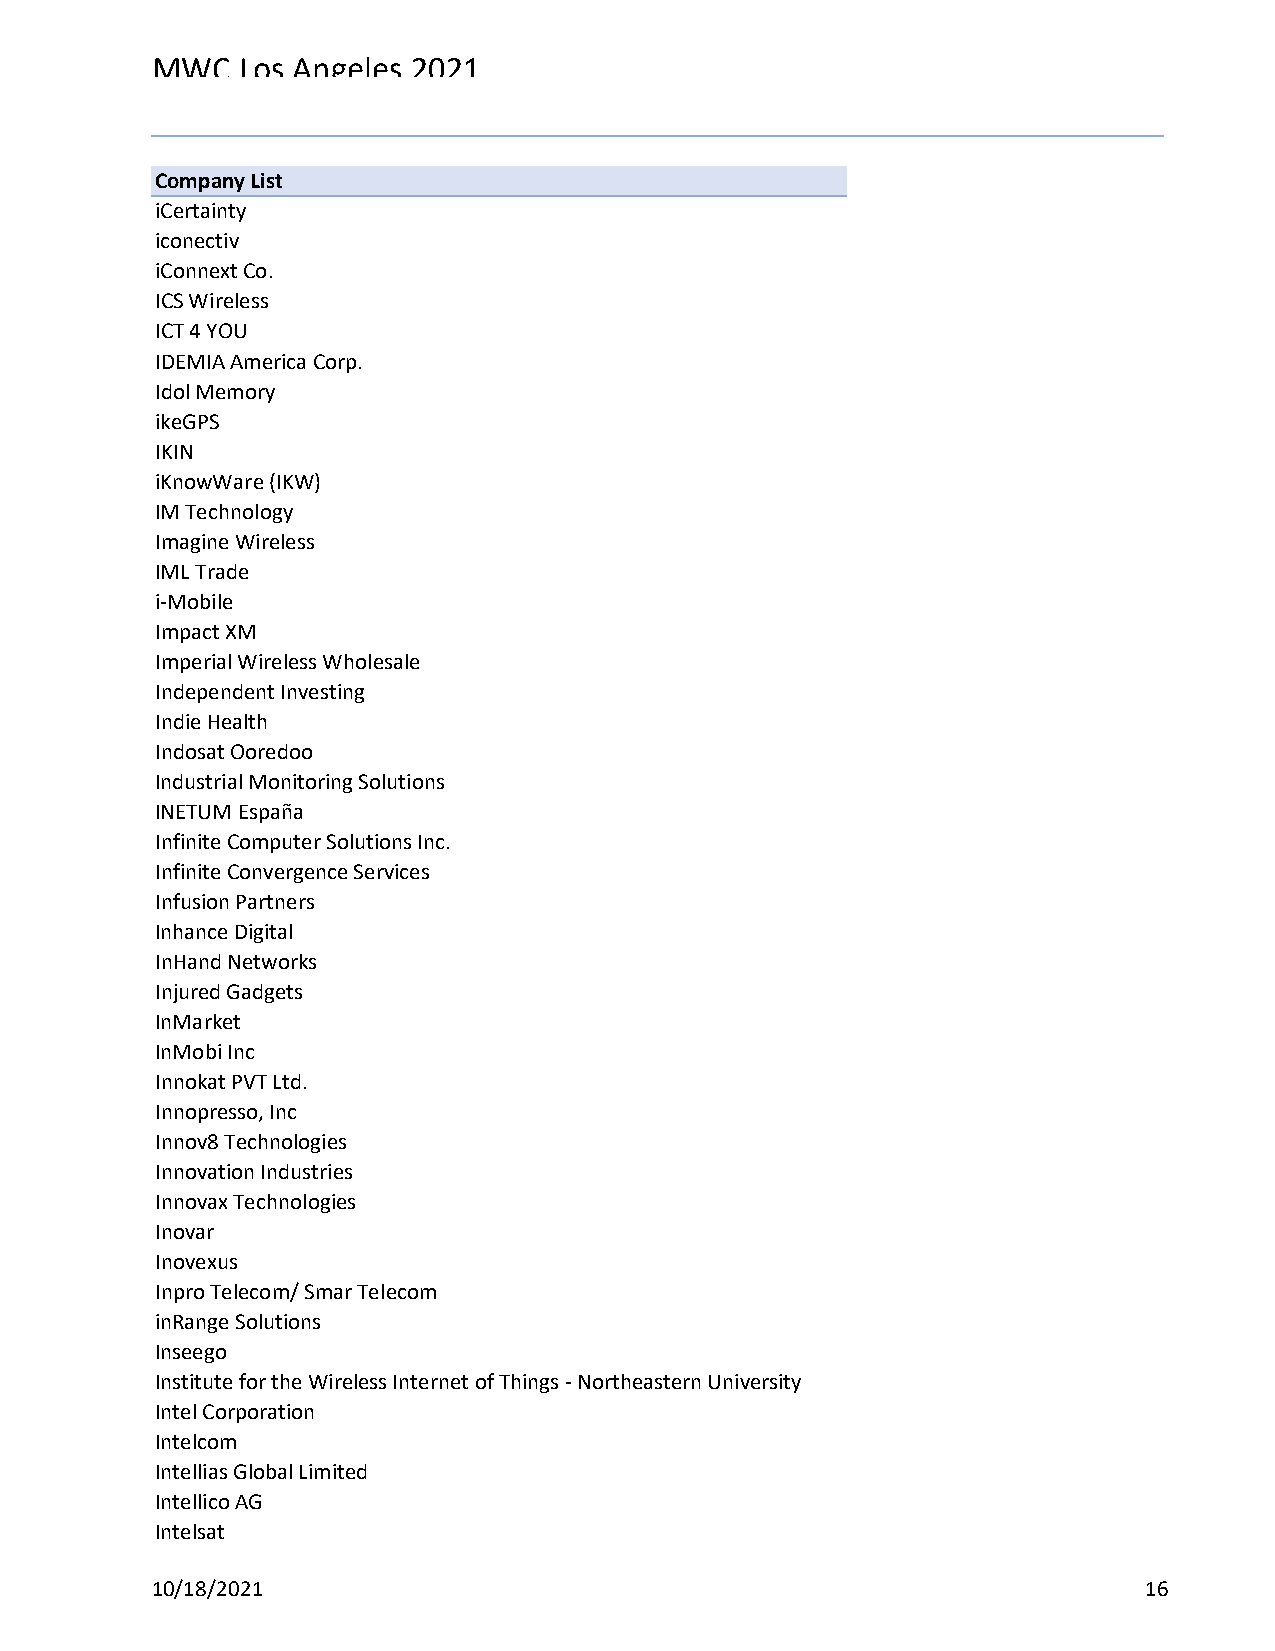
MWC   Los Angeles 2021
 Reg Status                                    Registration Complete
 Code Description                              (Multiple Items)
 Company List
 iCertainty
 iconectiv
 iConnext Co.
 ICS Wireless
 ICT 4 YOU
 IDEMIA America Corp.
 Idol Memory
 ikeGPS
 IKIN
 iKnowWare (IKW)
 IM Technology
 Imagine Wireless
 IML Trade
 i-Mobile
 Impact XM
 Imperial Wireless Wholesale
 Independent Investing
 Indie Health
 Indosat Ooredoo
 Industrial Monitoring Solutions
 INETUM España
 Infinite Computer Solutions Inc.
 Infinite Convergence Services
 Infusion Partners
 Inhance Digital
 InHand Networks
 Injured Gadgets
 InMarket
 InMobi Inc
 Innokat PVT Ltd.
 Innopresso, Inc
 Innov8 Technologies
 Innovation Industries
 Innovax Technologies
 Inovar
 Inovexus
 Inpro Telecom/ Smar Telecom
 inRange Solutions
 Inseego
 Institute for the Wireless Internet of Things - Northeastern University
 Intel Corporation
 Intelcom
 Intellias Global Limited
 Intellico AG
 Intelsat
 10/18/2021                                                        16